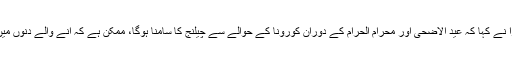
معاون خصوصی ڈاکٹر ظفر مرزا نے کہا کہ عید الاضحیٰ اور محرام الحرام کے دوران کورونا کے حوالے سے چیلنج کا سامنا ہوگا، ممکن ہے کہ آنے والے دنوں میں کورونا کیسز دوبارہ بڑھ جائیں۔